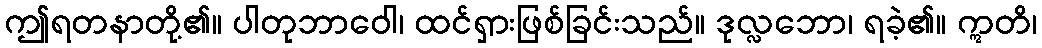
ဤရတနာတို့၏။ ပါတုဘာဝေါ၊ ထင်ရှားဖြစ်ခြင်းသည်။ ဒုလ္လဘော၊ ရခဲ့၏။ ဣတိ၊